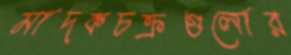
মাদকচক্রগুলোর